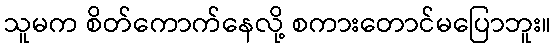
သူမက စိတ်ကောက်နေလို့ စကားတောင်မပြောဘူး။